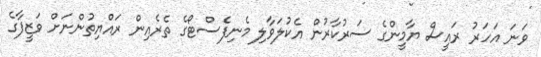
ވަނަ އަހަރު ރައީސް ޔާމީންގެ ސަރުކާރުން އެކުލަވާލި މެނިފެސްޓޯގެ ތެރެއިން ރައްޔިތުންނަށް ވަޒީފާގެ